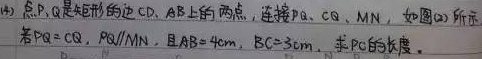
(4) 点\(P、Q\)是矩形的边\(CD、AB\)上的两点，连接\(PQ、CQ、MN\)，如图(a)所示。若\(PQ = CQ\)，\(PQ\parallel MN\)，且\(AB = 4cm\)，\(BC = 3cm\)，求\(PC\)的长度。